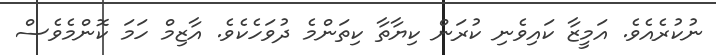
ނުކުރެއެވެ. އަމީޒާ ކައިވެނި ކުރަން ކިޔާތާ ކިތަންމެ ދުވަހެކެވެ. އާޒިމް ހަމަ ކޮންމެވެސް